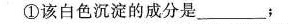
①该白色沉淀的成分是___;